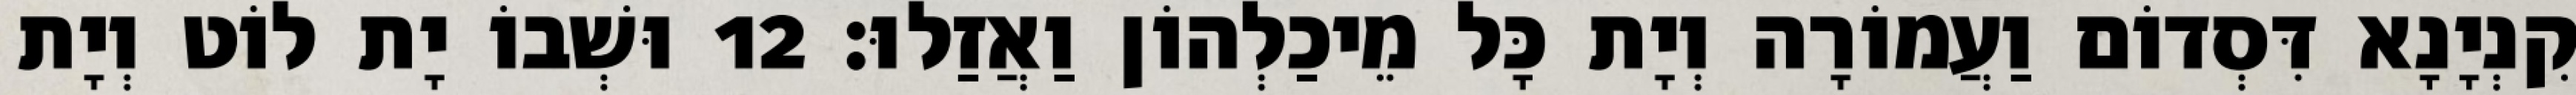
קִנְיָנָא דִּסְדוֹם וַעֲמוֹרָה וְיָת כָּל מֵיכַלְהוֹן וַאֲזַלוּ׃ 12 וּשְׁבוֹ יָת לוֹט וְיָת